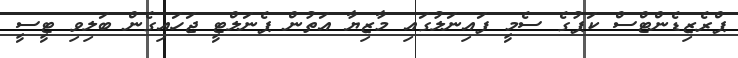
ޕްރެޒިޑެންޓްސް ކަޕުގެ ސެމީ ފައިނަލުގައި މާޒިޔާ އަތުން ޕެނަލްޓީ ޖަހައިގެން ބަލިވި ޓީސީ